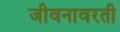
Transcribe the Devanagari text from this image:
जीवनावरती